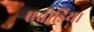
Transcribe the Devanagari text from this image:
एवोडिया